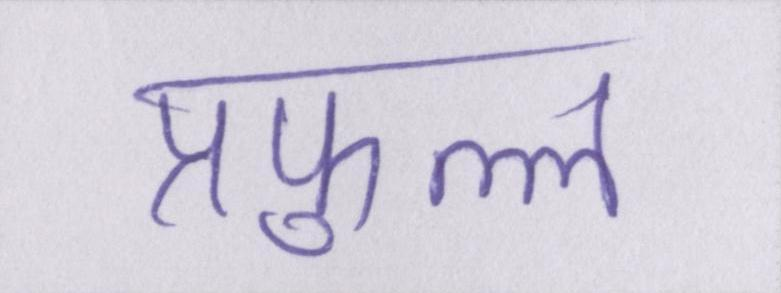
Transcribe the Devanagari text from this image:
प्रफुल्ल